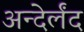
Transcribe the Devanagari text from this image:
अन्देर्लंद